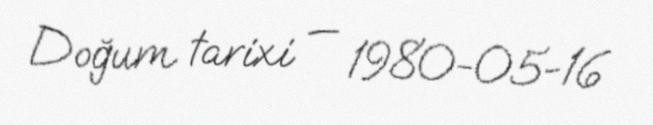
Doğum tarixi — 1980-05-16